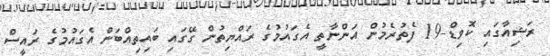
ރަޝިއާގައި ކޮވިޑް-19 ފެތުރެމުން އަންނާތީ އެގައުމުގެ ރައްޔިތުން ގޭގައި ބައިތިއްބަން އެގައުމުގެ ރައީސް